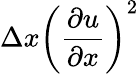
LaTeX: \Delta x\left(\frac{\partial u}{\partial x}\right)^{2}